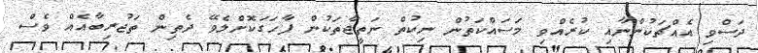
ދަސްވި އެއްޗަކުންނާއި ކުރެއްވި މަސައްކަތުން ނިކުތް ނަތީޖާތަކުން ފާހަގަކޮށްލެވޭ ދެތިން ތަޖުރިބާއެއް ވެސް